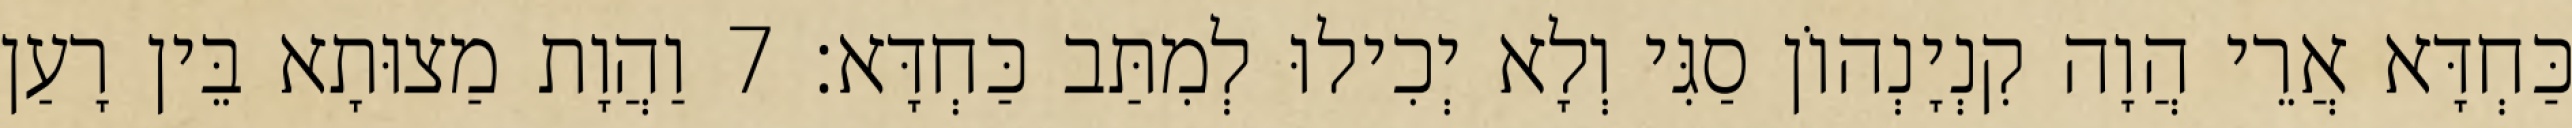
כַּחְדָּא אֲרֵי הֲוָה קִנְיָנְהוֹן סַגִּי וְלָא יְכִילוּ לְמִתַּב כַּחְדָּא׃ 7 וַהֲוָת מַצוּתָא בֵּין רָעַן